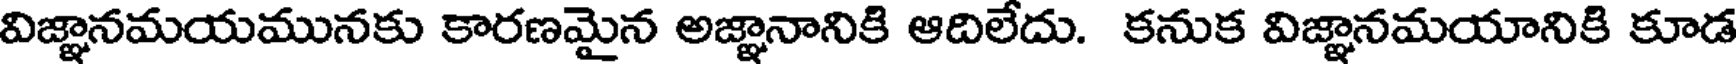
విజ్ఞానమయమునకు కారణమైన అజ్ఞానానికి ఆదిలేదు. కనుక విజ్ఞానమయానికి కూడ